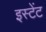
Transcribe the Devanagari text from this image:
इस्टेंट